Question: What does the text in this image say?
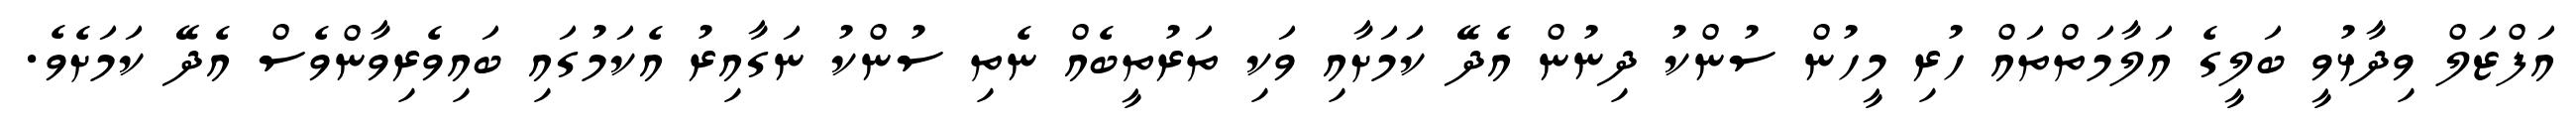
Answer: އަފްޒަލް ވިދާޅުވީ ބަލީގެ އަލާމަތްތައް ހުރި މީހުން ސުންކު ދިނުން އެދޭ ކަަމަށާއި ވަކި ތަރުތީބެއް ނެތި ސުންކު ނަގާއިރު އެކަމުގައި ބައިވެރިވާންވެސް އެދޭ ކަމަށެވެ.